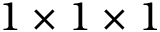
1 \times 1 \times 1